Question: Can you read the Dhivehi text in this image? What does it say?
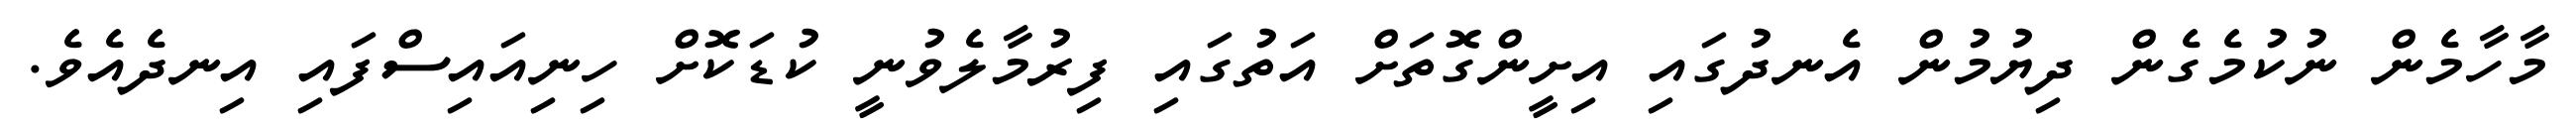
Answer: މާހާމެން ނުކުމެގެން ދިޔުމުން އެނދުގައި އިށީންގޮތަށް އަތުގައި ފިރުމާލެވުނީ ކުޑަކޮށް ހިނިއައިސްފައި އިނދެއެވެ.